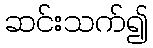
ဆင်းသက်၍